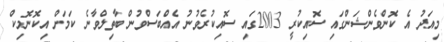
މިއަދު އެ ކޮންވެންޝަންގައި ސޮއިކުރީ 2003ގައި ސޮއިކުރެވުނު އެއްބަސްވުން ބާތިލްވާނެ ކަމަށް އިކޮނޮމިކް